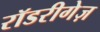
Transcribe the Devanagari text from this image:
रॉडरीगेज़